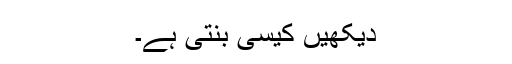
دیکھیں کیسی بنتی ہے۔